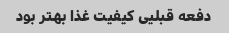
دفعه قبلیی کیفیت غذا بهتر بود